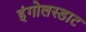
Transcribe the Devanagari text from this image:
इंगोलस्डाट